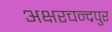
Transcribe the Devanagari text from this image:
अक्षरचन्द्रपुर